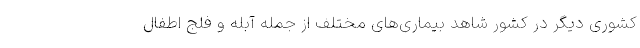
کشوری دیگر در کشور شاهد بیماری‌های مختلف از جمله آبله و فلج اطفال